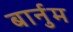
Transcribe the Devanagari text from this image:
बार्नुम